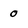
Character: 0